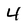
Character: 4